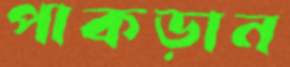
পাকড়ান